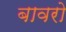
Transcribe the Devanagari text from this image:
बावरो